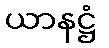
ယာနဋ္ဌံ